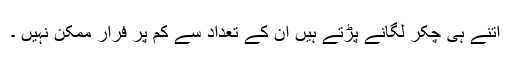
اتنے ہی چکر لگانے پڑتے ہیں ان کے تعداد سے کم پر فرار ممکن نہیں ۔